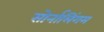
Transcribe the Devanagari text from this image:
सोर्नालिंगम